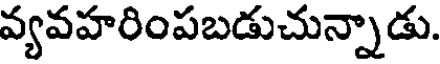
వ్యవహరింపబడుచున్నాడు.